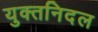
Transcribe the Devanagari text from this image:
युक्तनिदल